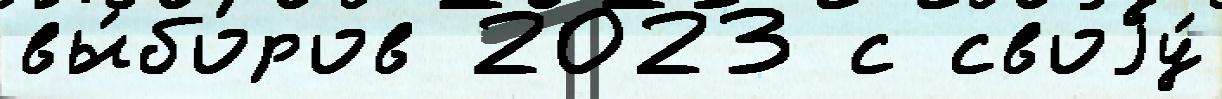
вы́боров 2023 с своjу́